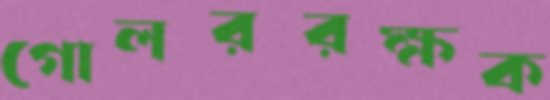
গোলররক্ষক